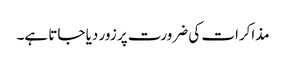
مذاکرات کی ضرورت پر زور دیا جاتا ہے۔